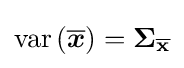
{\textstyle \operatorname {var} \left({\overline {\boldsymbol {x}}}\right)=\mathbf {\Sigma } _{\overline {\mathbf {x} }}}